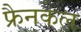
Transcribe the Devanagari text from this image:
फ्रैनकेल